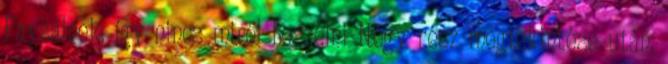
Faysalnek, így nincs miről beszélni Négy rész megtekintése után,